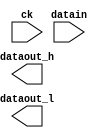

module altddio_input_5bit (
	datain,
	ck,
	dataout_h,
	dataout_l);	

	input	[4:0]	datain;
	input		ck;
	output	[4:0]	dataout_h;
	output	[4:0]	dataout_l;
endmodule